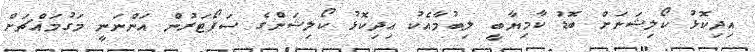
އިދިކޮޅު ކޯލިޝަނަށް ބޮޑު ކާމިޔާބީ ލިބުމާއެކު އިދިކޮޅު ކޯލިޝަންގެ ސަޕޯޓަރުން އަންނަނީ މަގުމައްޗަށް